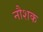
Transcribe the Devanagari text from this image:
नौशक